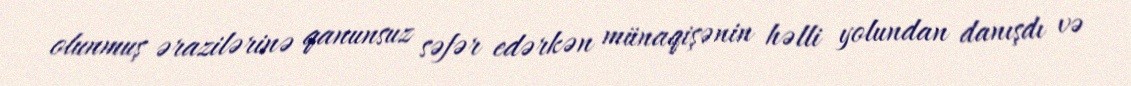
olunmuş ərazilərinə qanunsuz səfər edərkən münaqişənin həlli yolundan danışdı və